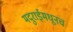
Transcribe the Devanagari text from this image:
मदुराईमधूनच